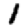
Digit: 1